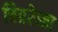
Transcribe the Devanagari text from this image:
चित्ररेखा